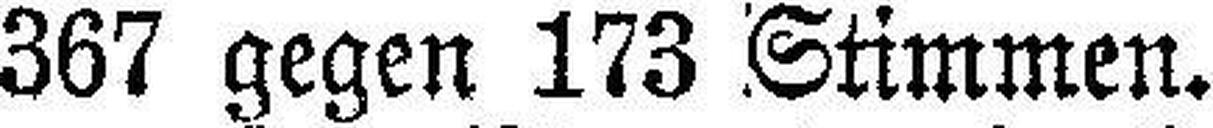
367 gegen 173 Stimmen.